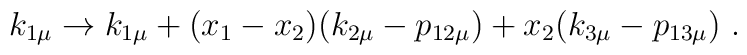
k_{1 \mu} \rightarrow k_{1\mu} + (x_1 - x_2) (k_{2\mu} - p_{12 \mu})     + x_2 (k_{3\mu} - p_{13\mu})\ .